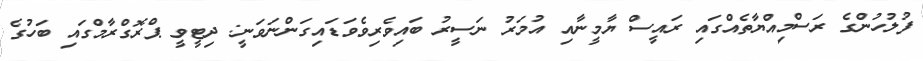
ފުލުހުންގެ ރަސްމިއްޔާތެއްގައި ރައީސް ޔާމީނާއި އުމަރު ނަސީރު ބައިވެރިވެވަޑައިގަންނަވަނީ: ދިޓީވީ ޕްރޮގްރާމްގައި ބަހުގެ